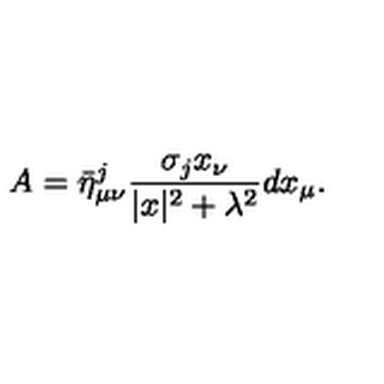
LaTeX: A = \bar { \eta } _ { \mu \nu } ^ { j } \frac { \sigma _ { j } x _ { \nu } } { | x | ^ { 2 } + \lambda ^ { 2 } } d x _ { \mu } .